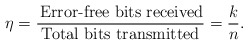
\begin{align*}\eta=\frac{\mbox{\,Error-free bits received}}{\mbox{Total bits transmitted}}=\dfrac{k}{n}.\end{align*}